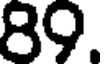
89.